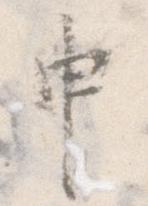
申